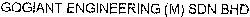
GOGIANT ENGINEERING (M) SDN BHD